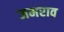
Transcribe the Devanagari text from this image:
जमराव